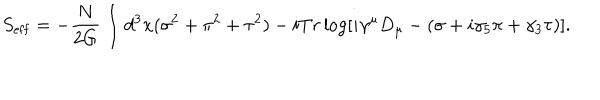
LaTeX: S _ { \mathrm { e f f } } = - \frac { N } { 2 G } \int d ^ { 3 } x ( \sigma ^ { 2 } + \pi ^ { 2 } + \tau ^ { 2 } ) - i T r \log [ i \gamma ^ { \mu } D _ { \mu } - ( \sigma + i \gamma _ { 5 } \pi + \gamma _ { 3 } \tau ) ] .